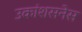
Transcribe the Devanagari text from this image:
उकांशसनेस